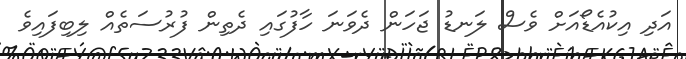
އަދި އިކުއެޑޯއަށް ވެސް ލަނޑު ޖަހަން ދެވަނަ ހާފުގައި ދެތިން ފުރުސަތެއް ލިބިފައިވެ